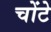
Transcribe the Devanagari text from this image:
चोंटे